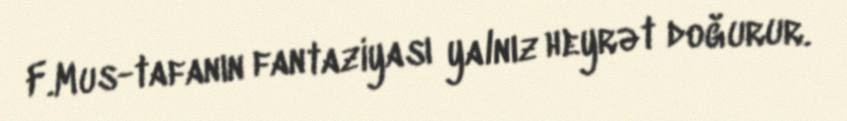
F.Mus-tafanın fantaziyası yalnız heyrət doğurur.